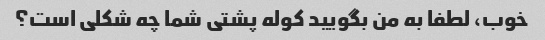
خوب، لطفا به من بگویید کوله پشتی شما چه شکلی است؟